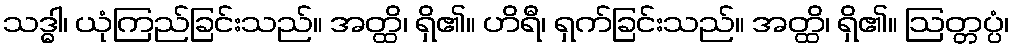
သဒ္ဓါ၊ ယုံကြည်ခြင်းသည်။ အတ္ထိ၊ ရှိ၏။ ဟိရီ၊ ရှက်ခြင်းသည်။ အတ္ထိ၊ ရှိ၏။ ဩတ္တပ္ပံ၊